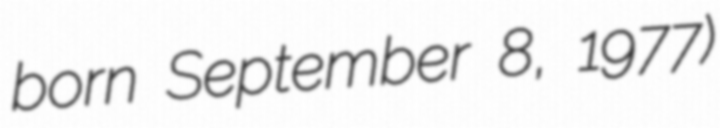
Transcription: born September 8, 1977)